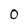
Character: 0